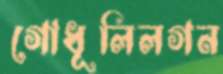
গোধূলিলগন